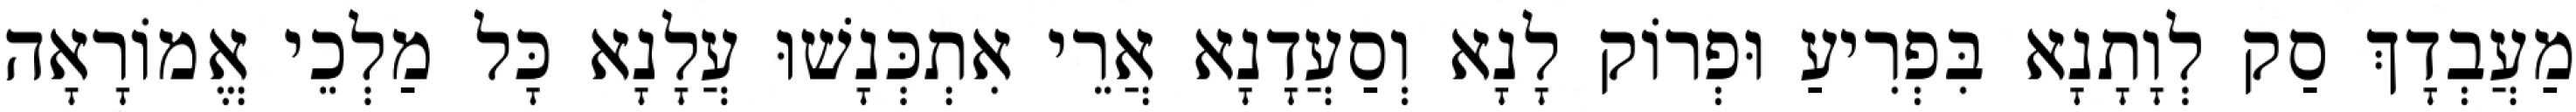
מַעֲבְדָךְ סַק לְוָתָנָא בִּפְרִיעַ וּפְרוֹק לָנָא וְסַעֲדָנָא אֲרֵי אִתְכְּנָשׁוּ עֲלָנָא כָּל מַלְכֵי אֱמוֹרָאָה